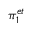
\pi _ { 1 } ^ { e t }